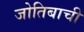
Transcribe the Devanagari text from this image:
जोतिबाची